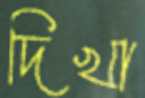
দিখা